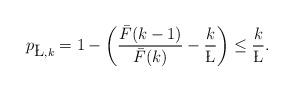
LaTeX: \begin{align*}p_{\L,k} &= 1 - \left( \frac{\bar{F}(k-1)}{\bar{F}(k)} - \frac{k}{\L} \right) \leq \frac{k}{\L}.\end{align*}